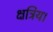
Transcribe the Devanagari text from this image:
क्षत्रिय।